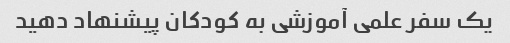
یک سفر علمی آموزشی به کودکان پیشنهاد دهید